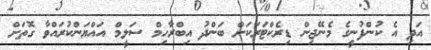
އަދި އެ ކުންފުނީގެ މެނޭޖިން ޑިރެކްޓަރަކަށް ބަންދު އިބްރާހިމް ސަލީމް އައްޔަންކުރައްވާ ގޮތަށް